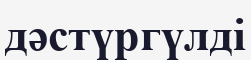
дәстүргүлді